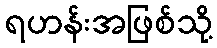
ရဟန်းအဖြစ်သို့